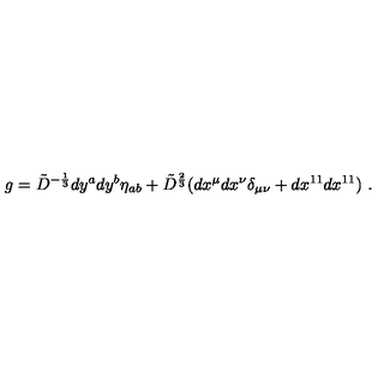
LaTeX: g = { \tilde { D } } ^ { - { \frac { 1 } { 3 } } } d y ^ { a } d y ^ { b } \eta _ { a b } + { \tilde { D } } ^ { { \frac { 2 } { 3 } } } ( d x ^ { \mu } d x ^ { \nu } \delta _ { \mu \nu } + d x ^ { 1 1 } d x ^ { 1 1 } ) \ .